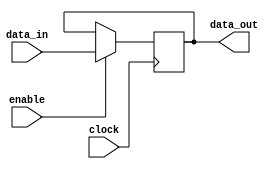
module level_sensitive_latch (
    input wire data_in,
    input wire enable,
    input wire clock,
    output reg data_out
);

always @(posedge clock) begin
    if (enable) begin
        data_out <= data_in;
    end
end

endmodule